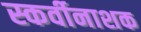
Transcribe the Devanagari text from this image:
स्कर्वीनाशक